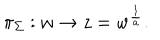
\pi _ { \Sigma } : w \to z = w ^ { { \frac { 1 } { a } } } .